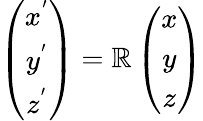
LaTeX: \left(\begin{array}{c}{{{x}}^{{'}}}\\ {{{y}}^{{'}}}\\ {{{z}}^{{'}}}\end{array}\right)=\mathbb{R}\left(\begin{array}{c}{{x}}\\ {{y}}\\ {{z}}\end{array}\right)